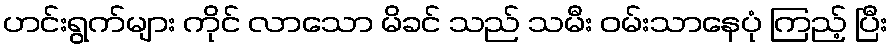
ဟင်းရွက်များ ကိုင် လာသော မိခင် သည် သမီး ဝမ်းသာနေပုံ ကြည့် ပြီး